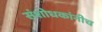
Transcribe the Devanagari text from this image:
संशोधकांनीच